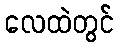
လေထဲတွင်